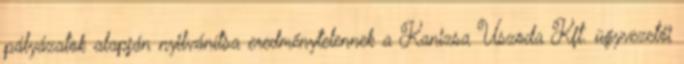
pályázatok alapján nyilvánítsa eredménytelennek a Kanizsa Uszoda Kft. ügyvezetői